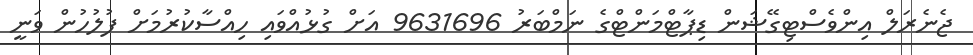
ޖެނެރަލް އިންވެސްޓިގޭޝަން ޑިޕާޓްމަންޓްގެ ނަމްބަރު 9631696 އަށް ގުޅުއްވައި ހިއްސާކުރުމަށް ފުލުހުން ވަނީ